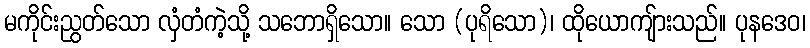
မကိုင်းညွတ်သော လှံတံကဲ့သို့ သဘောရှိသော။ သော (ပုရိသော)၊ ထိုယောကျ်ားသည်။ ပုနဒေဝ၊